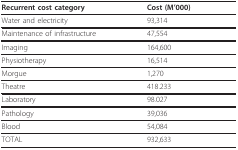
<table><thead><tr><td><b>Recurrent cost category</b></td><td><b>Cost (M&#x27;000)</b></td></tr></thead><tbody><tr><td>Water and electricity</td><td>93,314</td></tr><tr><td>Maintenance of infrastructure</td><td>47,554</td></tr><tr><td>Imaging</td><td>164,600</td></tr><tr><td>Physiotherapy</td><td>16,514</td></tr><tr><td>Morgue</td><td>1,270</td></tr><tr><td>Theatre</td><td>418.233</td></tr><tr><td>Laboratory</td><td>98.027</td></tr><tr><td>Pathology</td><td>39,036</td></tr><tr><td>Blood</td><td>54,084</td></tr><tr><td>TOTAL</td><td>932,633</td></tr></tbody></table>